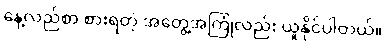
နေ့လည်စာ စားရတဲ့ အတွေ့အကြုံလည်း ယူနိုင်ပါတယ်။